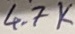
Text: 4.7K